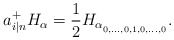
\begin{align*}a^{+}_{i|n}H_{\alpha}=\frac{1}{2}H_{\alpha_{_{0,\dots,0,1,0,\dots,0}}}.\end{align*}